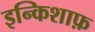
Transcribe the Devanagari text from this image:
इन्किशाफ़